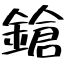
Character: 鎗